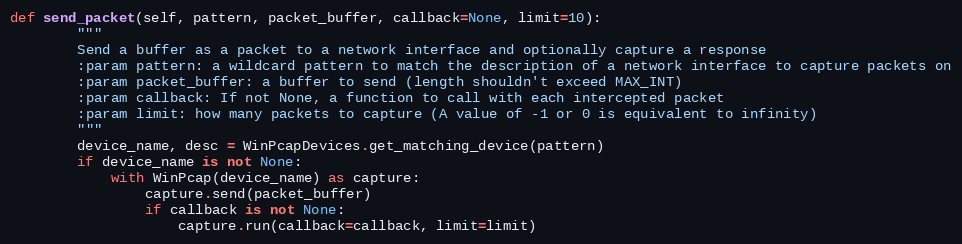
Language: Python
def send_packet(self, pattern, packet_buffer, callback=None, limit=10):
        """
        Send a buffer as a packet to a network interface and optionally capture a response
        :param pattern: a wildcard pattern to match the description of a network interface to capture packets on
        :param packet_buffer: a buffer to send (length shouldn't exceed MAX_INT)
        :param callback: If not None, a function to call with each intercepted packet
        :param limit: how many packets to capture (A value of -1 or 0 is equivalent to infinity)
        """
        device_name, desc = WinPcapDevices.get_matching_device(pattern)
        if device_name is not None:
            with WinPcap(device_name) as capture:
                capture.send(packet_buffer)
                if callback is not None:
                    capture.run(callback=callback, limit=limit)